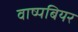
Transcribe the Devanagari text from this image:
वाष्पबियर